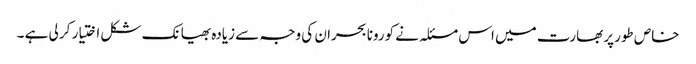
خاص طورپر بھارت میں اس مسئلہ نے کورونا بحران کی وجہ سے زیادہ بھیانک شکل اختیار کر لی ہے ۔